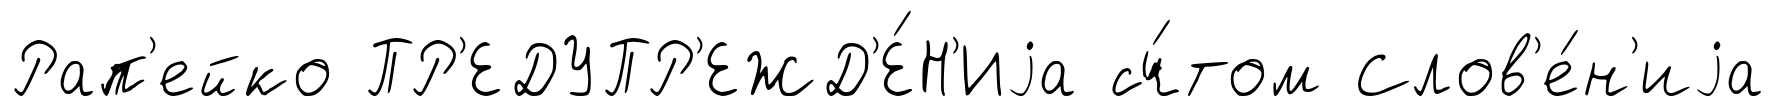
Рап'ейко ПР'ЕДУПР'ЕЖД'Е́Н'Иjа сч́том Слов'е́н'иjа